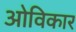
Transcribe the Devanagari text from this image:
ओविकार